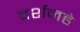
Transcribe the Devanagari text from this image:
दर्शनहे